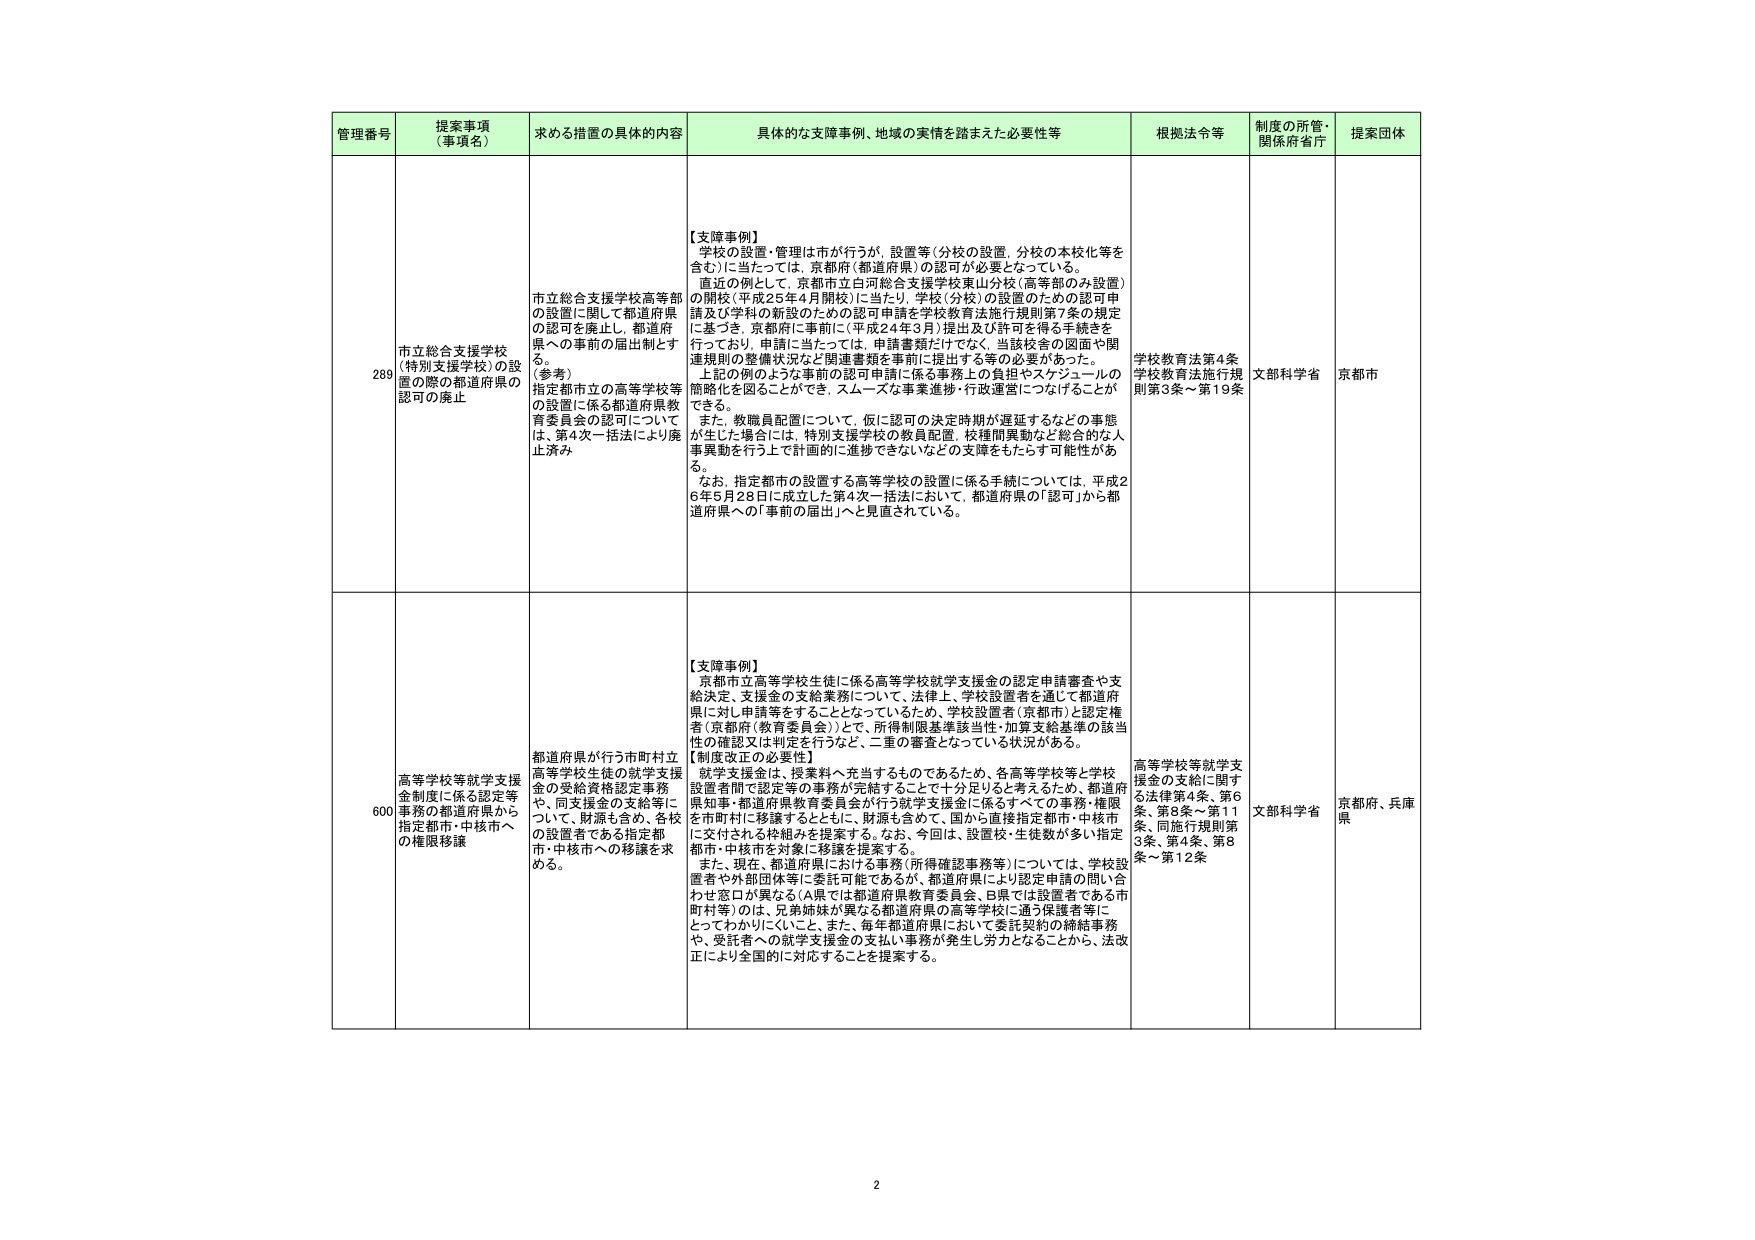
管理番号 提案事項（事項名） 求める措置の具体的内容 具体的な支障事例、地域の実情を踏まえた必要性等 根拠法令等 制度の所管・関係府省庁 提案団体

289 市立総合支援学校高等部の設置に関して都道府県の認可を廃止し、都道府県への事前の届出制とする。 （参考） 指定都市立の高等学校等の設置に係る都道府県教育委員会の認可について は、第4次一括法により廃止済み 【支障事例】 学校の設置・管理は市が行うが、設置等（分校の設置、分校の本校化等を含む）に当たっては、京都市（都道府県）の認可が必要となっている。 直近の例として、京都市立白河総合支援学校東山分校（高等部のみ設置）の開校（平成25年4月開校）に当たり、学校（分校）の設置のための認可申請及び学科の新設のための認可申請を学校教育法施行規則第7条の規定に基づき、京都府に事前に（平成24年3月）提出及び許可を得る手続きを行っており、申請に当たっては、申請書類だけでなく、当該校舎の図面や関連規則の整備状況など関連書類を事前に提出する等の必要があった。 上記の例のような事前の認可申請に係る事務上の負担やスケジュールの簡略化を図ることができ、スムーズな事業進捗・行政運営につなげることが できる。 また、教職員配置について、仮に認可の決定時期が遅延するなどの事態が生じた場合には、特別支援学校の教員配置、校種間異動など総合的な人事異動を行う上で計画的に進捗できないなどの支障をもたらす可能性がある。 なお、指定都市の設置する高等学校の設置に係る手続については、平成26年5月28日に成立した第4次一括法において、都道府県の「認可」から都道府県への「事前の届出」へと見直されている。 学校教育法第4条 学校教育法施行規則第3条～第19条 文部科学省 京都市

600 高等学校等就学支援金制度に係る認定等事務の都道府県から指定都市・中核市への権限移譲 都道府県が行う市町村立高等学校生徒の就学支援金の受給資格認定事務や、同支援金の支給等について、財源も含め、各校の設置者である指定都市・中核市への移譲を求める。 【支障事例】 京都市立高等学校生徒に係る高等学校就学支援金の認定申請審査や支給決定、支援金の支給業務について、法律上、学校設置者を通じて都道府県に対し申請等をすることとなっているため、学校設置者（京都市）と認定権者（京都府（教育委員会））とで、所得制限基準該当性・加算支給基準の該当性の確認又は判定を行うなど、二重の審査となっている状況がある。 【制度改正の必要性】 就学支援金は、授業料へ充当するものであるため、各高等学校等と学校設置者間で認定等の事務が完結することで十分足りると考えると、都道府県知事・都道府県教育委員会が行う就学支援金に係るすべての事務・権限を市町村に移譲するとともに、財源も含めて、国から直接指定都市・中核市に交付される枠組みを提案する。なお、今回は、設置校・生徒数が多い指定都市・中核市を対象に移譲を提案する。 また、現在、都道府県における事務（所得確認事務等）については、学校設置者や外部団体等に委託可能であるが、都道府県により認定申請の問い合わせ窓口が異なる（A県では都道府県教育委員会、B県では設置者である市町村等）のは、兄弟姉妹が異なる都道府県の高等学校に通う保護者等にとってわかりにくいこと、また、毎年都道府県において委託契約の締結事務や、受託者への就学支援金の支払い事務が発生し労力となることから、法改正により全国的に対応することを提案する。 高等学校等就学支援金の支給に関する法律第4条、第6条、第8条～第11条、同施行規則第3条、第4条、第8条～第12条 文部科学省 京都府、兵庫県

2